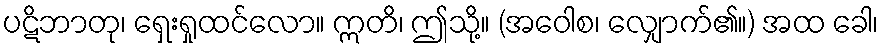
ပဋိဘာတု၊ ရှေးရှုထင်လော။ ဣတိ၊ ဤသို့။ (အဝေါစ၊ လျှောက်၏။) အထ ခေါ၊